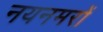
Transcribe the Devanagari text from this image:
नयनमरों